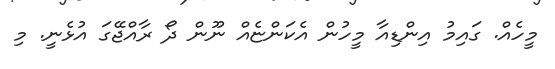
މީހެއް. ގައިމު އިންޑިއާ މީހުން އެކަންޏެއް ނޫން ދޯ ރާއްޖޭގަ އުޅެނީ. މި